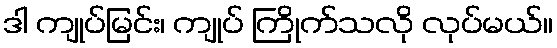
ဒါ ကျုပ်မြင်း၊ ကျုပ် ကြိုက်သလို လုပ်မယ်။